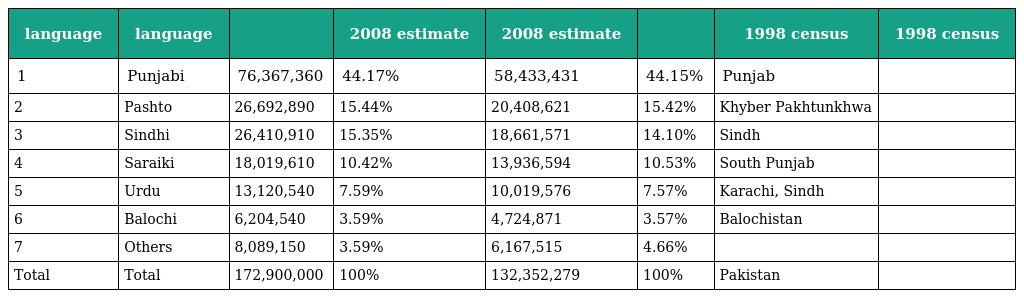
| language | language |  | 2008 estimate | 2008 estimate |  | 1998 census | 1998 census |
 | --- | --- | --- | --- | --- | --- | --- | --- |
 | 1 | Punjabi | 76,367,360 | 44.17% | 58,433,431 | 44.15% | Punjab |  |
 | 2 | Pashto | 26,692,890 | 15.44% | 20,408,621 | 15.42% | Khyber Pakhtunkhwa |  |
 | 3 | Sindhi | 26,410,910 | 15.35% | 18,661,571 | 14.10% | Sindh |  |
 | 4 | Saraiki | 18,019,610 | 10.42% | 13,936,594 | 10.53% | South Punjab |  |
 | 5 | Urdu | 13,120,540 | 7.59% | 10,019,576 | 7.57% | Karachi, Sindh |  |
 | 6 | Balochi | 6,204,540 | 3.59% | 4,724,871 | 3.57% | Balochistan |  |
 | 7 | Others | 8,089,150 | 3.59% | 6,167,515 | 4.66% |  |  |
 | Total | Total | 172,900,000 | 100% | 132,352,279 | 100% | Pakistan |  |